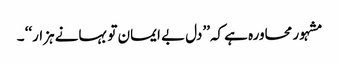
مشہور محاورہ ہے کہ’’دل بے ایمان تو بہانے ہزار‘‘ ۔